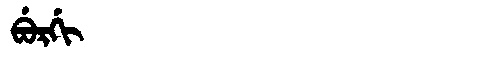
Manchu: ᠪᡠᡵᡤᡳ
Romanization: BURGI